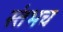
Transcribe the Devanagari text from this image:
स्तंभच